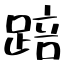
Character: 踣